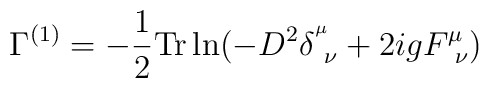
\Gamma^{(1)}= -\frac{1}{2}{\rm Tr}\ln(-D^2\delta^{^\mu}_{~\nu}+2igF^\mu_{~\nu})